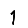
Digit: 1